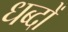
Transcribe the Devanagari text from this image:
धब्दों